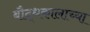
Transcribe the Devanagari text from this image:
बौद्धकालाच्या